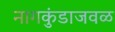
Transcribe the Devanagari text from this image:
नागकुंडाजवळ